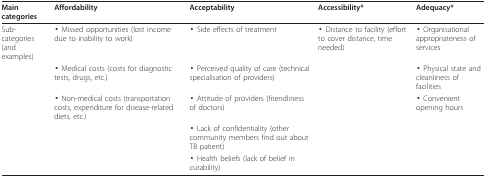
<table><thead><tr><td><b>Main categories</b></td><td><b>Affordability</b></td><td><b>Acceptability</b></td><td><b>Accessibility*</b></td><td><b>Adequacy*</b></td></tr></thead><tbody><tr><td>Sub-categories (and examples)</td><td>▪ Missed opportunities (lost income due to inability to work)</td><td>▪ Side effects of treatment</td><td>▪ Distance to facility (effort to cover distance, time needed)</td><td>▪ Organisational appropriateness of services</td></tr><tr><td></td><td>▪ Medical costs (costs for diagnostic tests, drugs, etc.)</td><td>▪ Perceived quality of care (technical specialisation of providers)</td><td></td><td>▪ Physical state and cleanliness of facilities</td></tr><tr><td></td><td>▪ Non-medical costs (transportation costs, expenditure for disease-related diets, etc.)</td><td>▪ Attitude of providers (friendliness of doctors)</td><td></td><td>▪ Convenient opening hours</td></tr><tr><td></td><td></td><td>▪ Lack of confidentiality (other community members find out about TB patient)</td><td></td><td></td></tr><tr><td></td><td></td><td>▪ Health beliefs (lack of belief in curability)</td><td></td><td></td></tr></tbody></table>